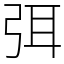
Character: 弭